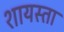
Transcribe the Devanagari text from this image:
शायस्ता